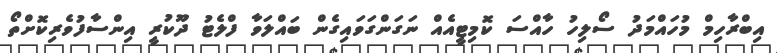
އިބްރާހިމް މުހައްމަދު ސޯލިހު ހާއްސަ ކޮމިޓީއެއް ނަގަންގަވައިގެން ބައްލަވާ ފްލެޓު ދޫކުރީ އިންސާފުވެރިކޮށްތޯ